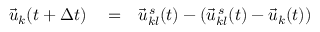
\begin{array} { r l r } { \vec { u } _ { k } ( t + \Delta t ) } & { { } = } & { \vec { u } _ { k l } ^ { \, s } ( t ) - \left( \vec { u } _ { k l } ^ { \, s } ( t ) - \vec { u } _ { k } ( t ) \right) } \end{array}